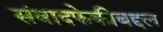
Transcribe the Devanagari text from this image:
संवादफेकीबद्दल